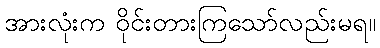
အားလုံးက ဝိုင်းတားကြသော်လည်းမရ။